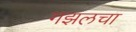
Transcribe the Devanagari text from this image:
गझलचा